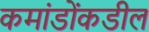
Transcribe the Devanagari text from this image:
कमांडोंकडील